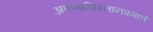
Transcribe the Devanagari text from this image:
अफगाणिस्तानप्रमाणे